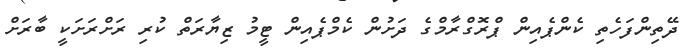
ދޭތިންފަހެތި ކެންޕެއިން ޕްރޮގްރާމްގެ ދަށުން ކެމްޕެއިން ޓީމު ޒިޔާރަތް ކުރި ރަށްރަށަކީ ބާރަށް